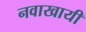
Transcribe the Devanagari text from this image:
नवाखायी